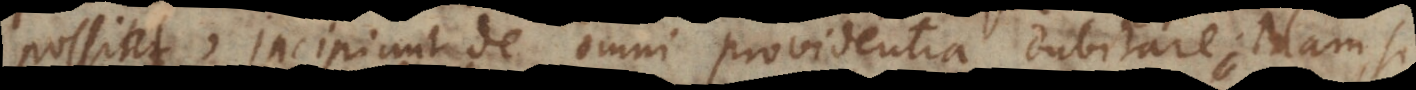
possint, incipiunt de omni providentia dubitare. Nam si